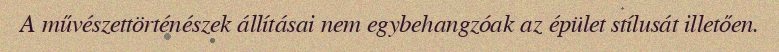
A művészettörténészek állításai nem egybehangzóak az épület stílusát illetően.